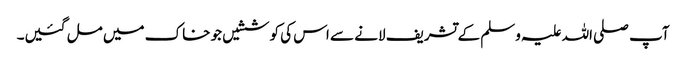
آپ صلی اللہ علیہ وسلم کے تشریف لانے سے اس کی کوششیں جو خاک میں مل گئیں۔